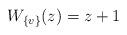
LaTeX: \begin{align*}W_{\{v\}}(z)=z+1\end{align*}